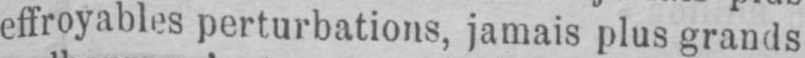
effroyables perturbations, jamais plus grands